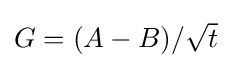
{\textstyle G=(A-B)/{\sqrt {t}}}